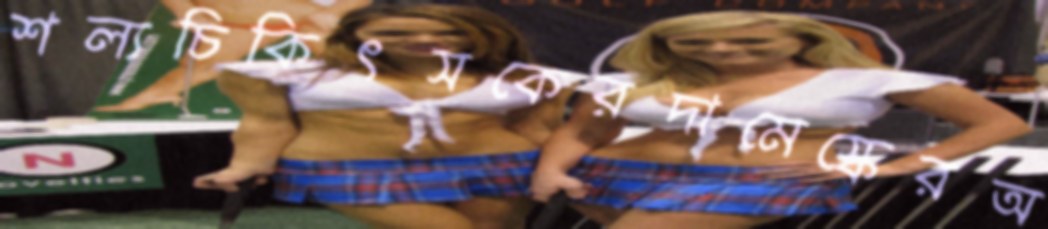
শল্যচিকিৎসকেরদামেস্কেরঅ